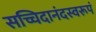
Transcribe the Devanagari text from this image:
सच्चिदानंदस्वरूपं